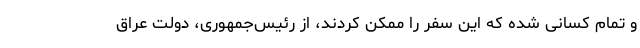
و تمام کسانی شده که این سفر را ممکن کردند، از رئیس‌جمهوری، دولت عراق